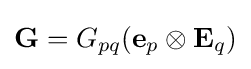
\mathbf {G} =G_{pq}(\mathbf {e} _{p}\otimes \mathbf {E} _{q})